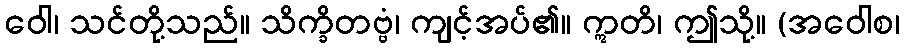
ဝေါ၊ သင်တို့သည်။ သိက္ခိတဗ္ဗံ၊ ကျင့်အပ်၏။ ဣတိ၊ ဤသို့။ (အဝေါစ၊